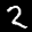
Label: 2